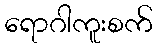
ရောဂါကူးစက်